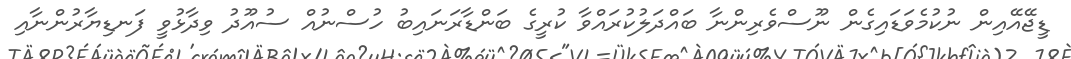
ޑީޖޭއޭއިން ނުކުމެވަޑައިގެން ނޫސްވެރިންނާ ބައްދަލުކުރައްވާ ކުރީގެ ބަންޑާރަނައިބު ހުސްނުއް ސުއޫދު ވިދާޅުވީ ފަނޑިޔާރުންނާއި